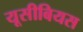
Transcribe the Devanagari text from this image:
यूसीबियस